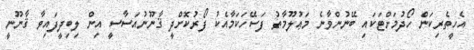
އެހީތެރިކަން ހޯދުމަށްޓަކައި ބޭނުންވާނެ މަޢުލޫމާތު ފަސޭހަކަމާއެކު ފޯރުކޮށްދީ ޤާނޫނުއަސާސީ އިން ލިބިދީފައިވާ ޤާނޫނީ